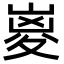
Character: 嵏